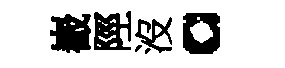
嶻陘沒。